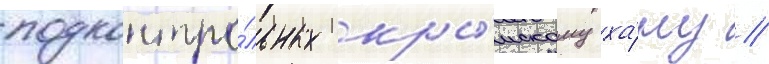
подконтро́льных кры́мскому ха́ну //